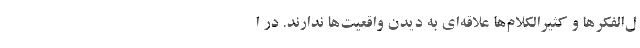
ل‌الفکرها و کثیرالکلام‌ها علاقه‌ای به دیدن واقعیت‌ها ندارند. در ا